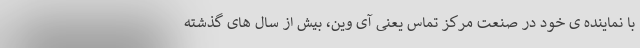
با نماینده ی خود در صنعت مرکز تماس یعنی آی وین، بیش از سال های گذشته